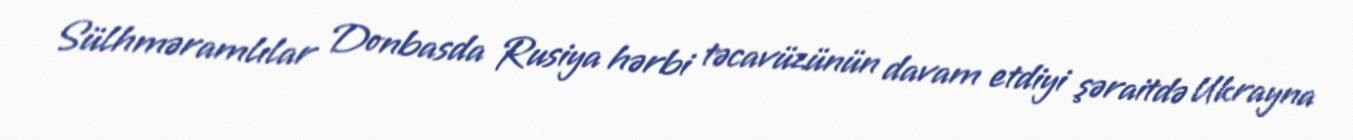
Sülhməramlılar Donbasda Rusiya hərbi təcavüzünün davam etdiyi şəraitdə Ukrayna